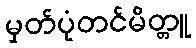
မှတ်ပုံတင်မိတ္တူ